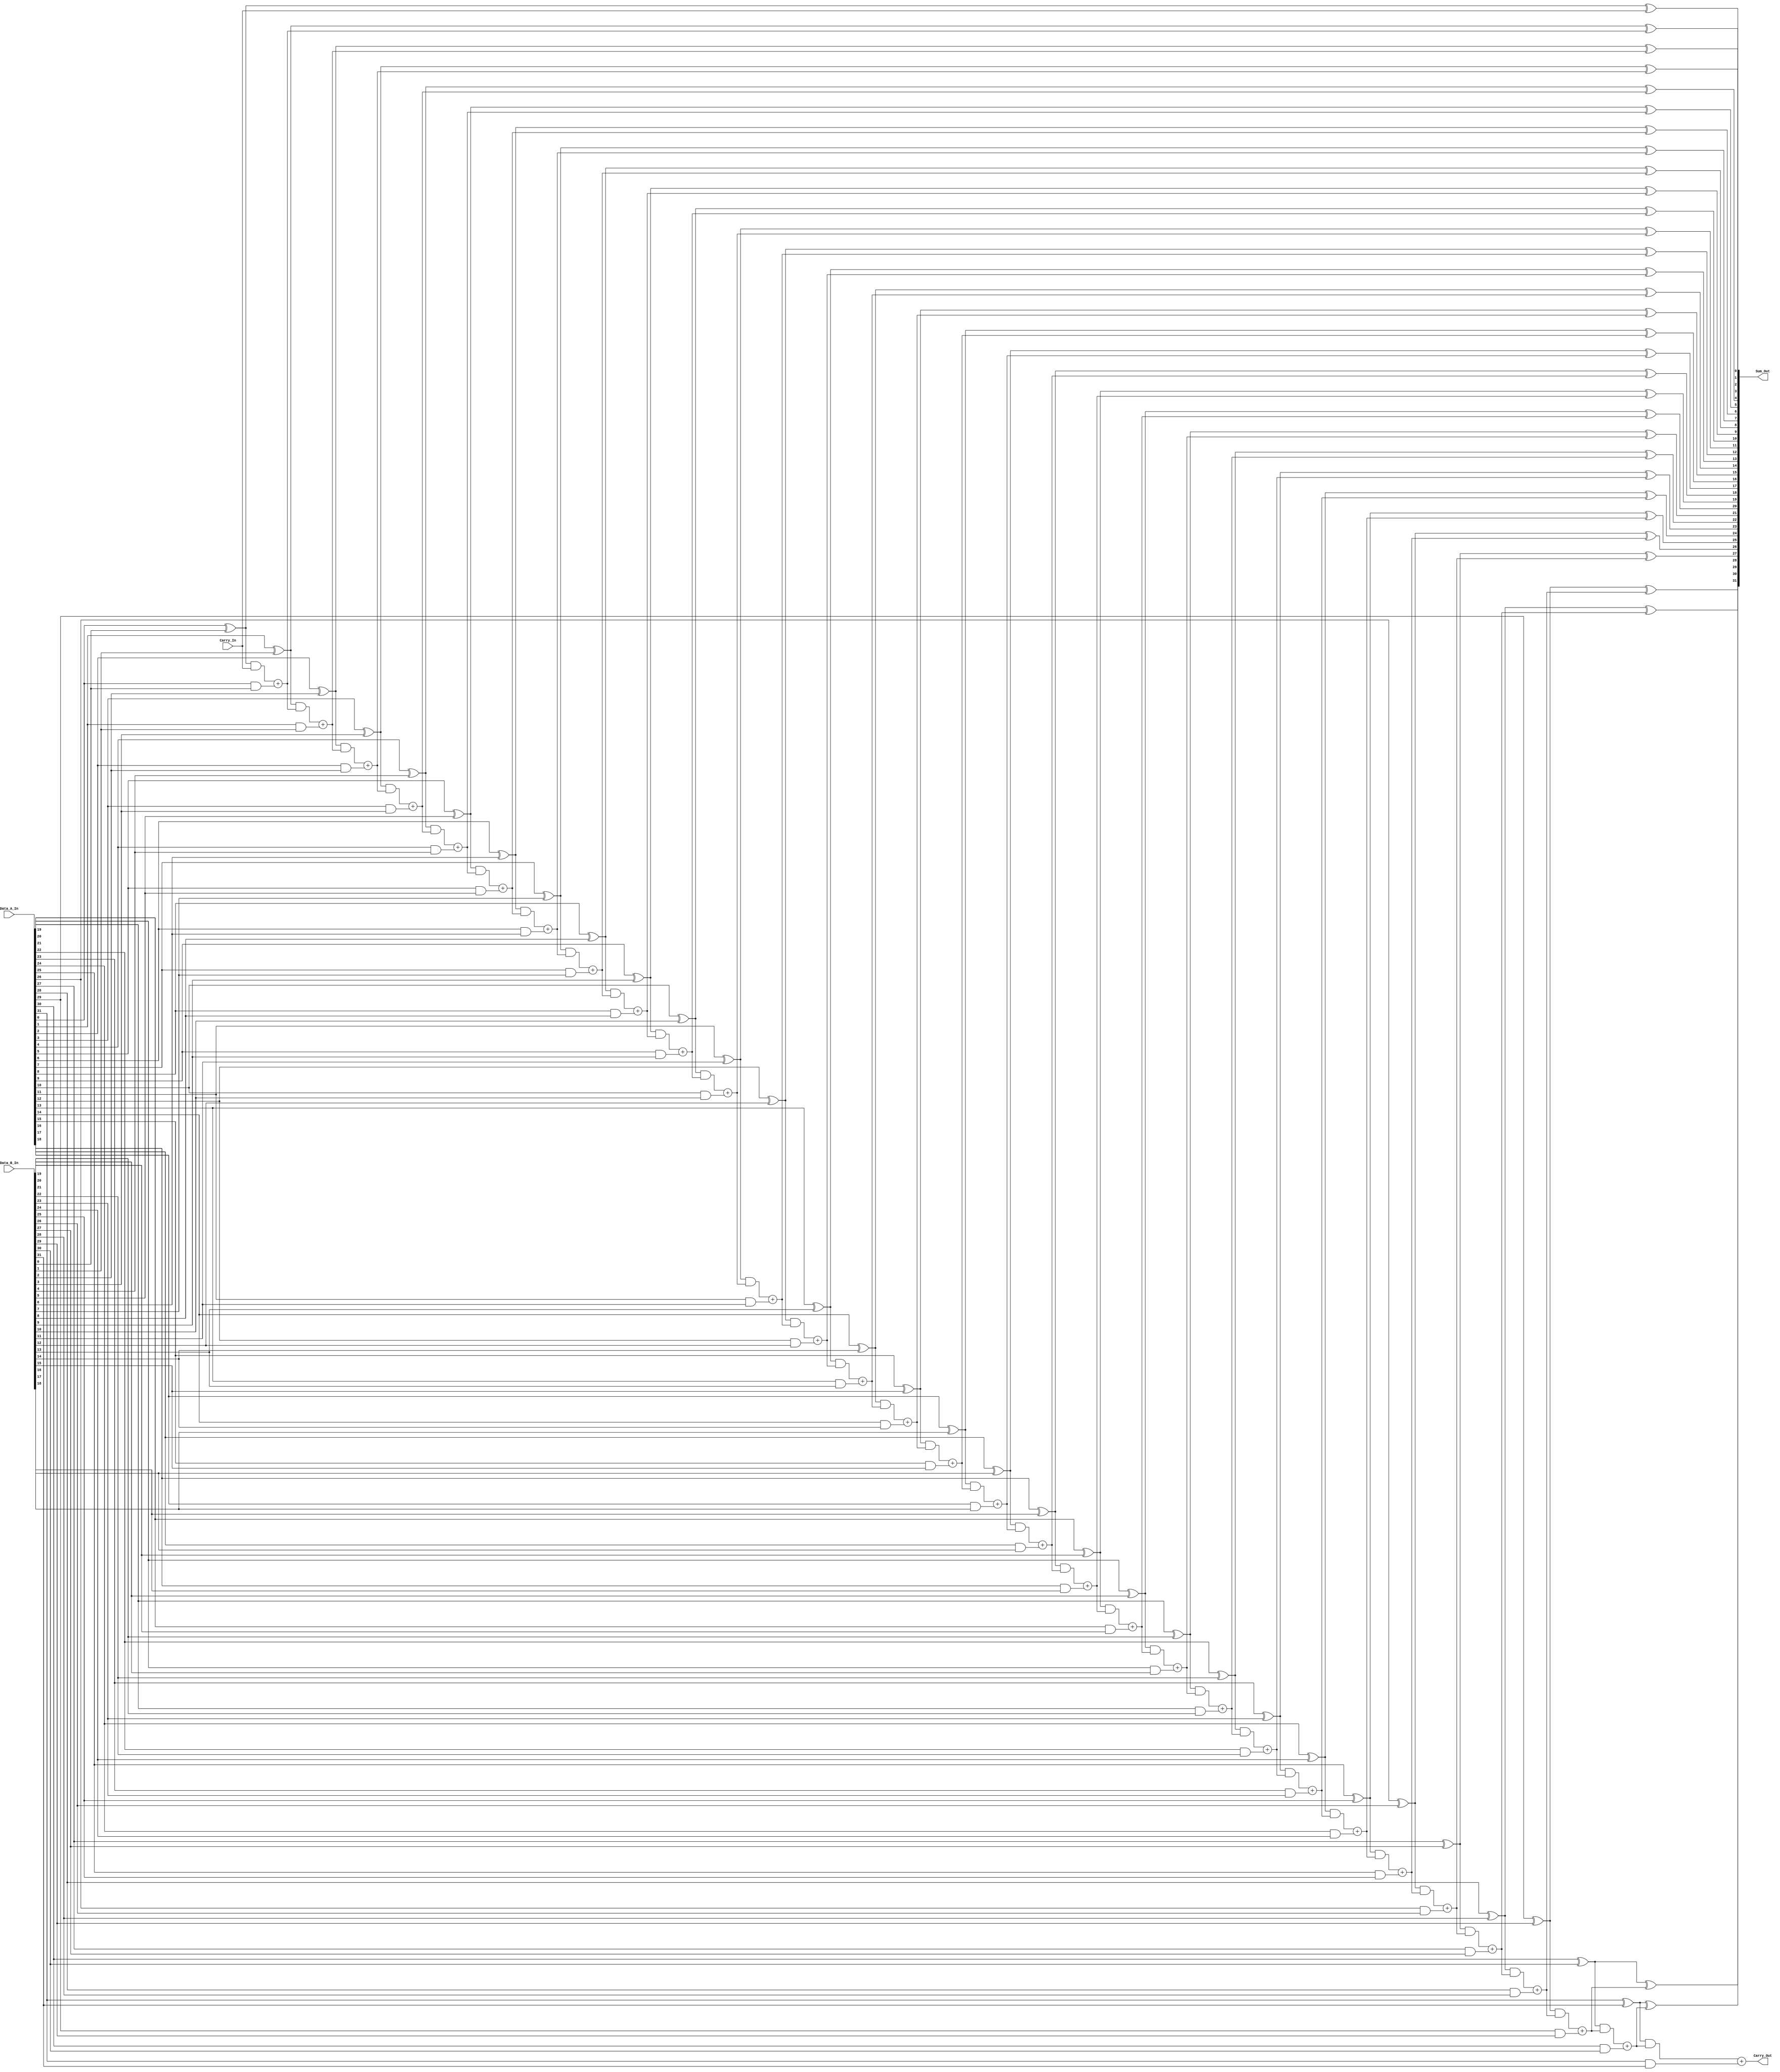
/*
**************************************************
        Look Ahead Carry Generator - 32-Bit
**************************************************

This is a verilog code, to implement a 32-Bit Look Ahead Carry Generator.

--------------------------------------------------
Author : Prasad Narayan Ghatol
--------------------------------------------------
*/



module Look_Ahead_Carry_Generator_32_Bit (
    input  [31:0] Data_A_In,
    input  [31:0] Data_B_In,
    input         Carry_In,

    output [31:0] Sum_Out,
    output        Carry_Out
);



// --------------------------------------------------
// wires and regs
// --------------------------------------------------
wire [31:0] P;
wire [31:0] G;
wire [31:0] C;



// --------------------------------------------------
// Carry Propogate
// --------------------------------------------------
assign P[0]  = Data_A_In[0]  ^ Data_B_In[0];
assign P[1]  = Data_A_In[1]  ^ Data_B_In[1];
assign P[2]  = Data_A_In[2]  ^ Data_B_In[2];
assign P[3]  = Data_A_In[3]  ^ Data_B_In[3];
assign P[4]  = Data_A_In[4]  ^ Data_B_In[4];
assign P[5]  = Data_A_In[5]  ^ Data_B_In[5];
assign P[6]  = Data_A_In[6]  ^ Data_B_In[6];
assign P[7]  = Data_A_In[7]  ^ Data_B_In[7];

assign P[8]  = Data_A_In[8]  ^ Data_B_In[8];
assign P[9]  = Data_A_In[9]  ^ Data_B_In[9];
assign P[10] = Data_A_In[10] ^ Data_B_In[10];
assign P[11] = Data_A_In[11] ^ Data_B_In[11];
assign P[12] = Data_A_In[12] ^ Data_B_In[12];
assign P[13] = Data_A_In[13] ^ Data_B_In[13];
assign P[14] = Data_A_In[14] ^ Data_B_In[14];
assign P[15] = Data_A_In[15] ^ Data_B_In[15];

assign P[16] = Data_A_In[16] ^ Data_B_In[16];
assign P[17] = Data_A_In[17] ^ Data_B_In[17];
assign P[18] = Data_A_In[18] ^ Data_B_In[18];
assign P[19] = Data_A_In[19] ^ Data_B_In[19];
assign P[20] = Data_A_In[20] ^ Data_B_In[20];
assign P[21] = Data_A_In[21] ^ Data_B_In[21];
assign P[22] = Data_A_In[22] ^ Data_B_In[22];
assign P[23] = Data_A_In[23] ^ Data_B_In[23];

assign P[24] = Data_A_In[24] ^ Data_B_In[24];
assign P[25] = Data_A_In[25] ^ Data_B_In[25];
assign P[26] = Data_A_In[26] ^ Data_B_In[26];
assign P[27] = Data_A_In[27] ^ Data_B_In[27];
assign P[28] = Data_A_In[28] ^ Data_B_In[28];
assign P[29] = Data_A_In[29] ^ Data_B_In[29];
assign P[30] = Data_A_In[30] ^ Data_B_In[30];
assign P[31] = Data_A_In[31] ^ Data_B_In[31];



// --------------------------------------------------
// Carry Generate
// --------------------------------------------------
assign G[0]  = Data_A_In[0]  & Data_B_In[0];
assign G[1]  = Data_A_In[1]  & Data_B_In[1];
assign G[2]  = Data_A_In[2]  & Data_B_In[2];
assign G[3]  = Data_A_In[3]  & Data_B_In[3];
assign G[4]  = Data_A_In[4]  & Data_B_In[4];
assign G[5]  = Data_A_In[5]  & Data_B_In[5];
assign G[6]  = Data_A_In[6]  & Data_B_In[6];
assign G[7]  = Data_A_In[7]  & Data_B_In[7];

assign G[8]  = Data_A_In[8]  & Data_B_In[8];
assign G[9]  = Data_A_In[9]  & Data_B_In[9];
assign G[10] = Data_A_In[10] & Data_B_In[10];
assign G[11] = Data_A_In[11] & Data_B_In[11];
assign G[12] = Data_A_In[12] & Data_B_In[12];
assign G[13] = Data_A_In[13] & Data_B_In[13];
assign G[14] = Data_A_In[14] & Data_B_In[14];
assign G[15] = Data_A_In[15] & Data_B_In[15];

assign G[16] = Data_A_In[16] & Data_B_In[16];
assign G[17] = Data_A_In[17] & Data_B_In[17];
assign G[18] = Data_A_In[18] & Data_B_In[18];
assign G[19] = Data_A_In[19] & Data_B_In[19];
assign G[20] = Data_A_In[20] & Data_B_In[20];
assign G[21] = Data_A_In[21] & Data_B_In[21];
assign G[22] = Data_A_In[22] & Data_B_In[22];
assign G[23] = Data_A_In[23] & Data_B_In[23];

assign G[24] = Data_A_In[24] & Data_B_In[24];
assign G[25] = Data_A_In[25] & Data_B_In[25];
assign G[26] = Data_A_In[26] & Data_B_In[26];
assign G[27] = Data_A_In[27] & Data_B_In[27];
assign G[28] = Data_A_In[28] & Data_B_In[28];
assign G[29] = Data_A_In[29] & Data_B_In[29];
assign G[30] = Data_A_In[30] & Data_B_In[30];
assign G[31] = Data_A_In[31] & Data_B_In[31];



// --------------------------------------------------
// Look Ahead Carry Generator - 32-Bit Logic
// --------------------------------------------------
assign C[0] = (P[0] & Carry_In) + G[0];
assign C[1] = (P[1] & ((P[0] & Carry_In) + G[0])) + G[1];
assign C[2] = (P[2] & ((P[1] & ((P[0] & Carry_In) + G[0])) + G[1])) + G[2];
assign C[3] = (P[3] & ((P[2] & ((P[1] & ((P[0] & Carry_In) + G[0])) + G[1])) + G[2])) + G[3];
assign C[4] = (P[4] & ((P[3] & ((P[2] & ((P[1] & ((P[0] & Carry_In) + G[0])) + G[1])) + G[2])) + G[3])) + G[4];
assign C[5] = (P[5] & ((P[4] & ((P[3] & ((P[2] & ((P[1] & ((P[0] & Carry_In) + G[0])) + G[1])) + G[2])) + G[3])) + G[4])) + G[5];
assign C[6] = (P[6] & ((P[5] & ((P[4] & ((P[3] & ((P[2] & ((P[1] & ((P[0] & Carry_In) + G[0])) + G[1])) + G[2])) + G[3])) + G[4])) + G[5])) + G[6];
assign C[7] = (P[7] & ((P[6] & ((P[5] & ((P[4] & ((P[3] & ((P[2] & ((P[1] & ((P[0] & Carry_In) + G[0])) + G[1])) + G[2])) + G[3])) + G[4])) + G[5])) + G[6])) + G[7];

assign C[8] = (P[8] & (P[7] & ((P[6] & ((P[5] & ((P[4] & ((P[3] & ((P[2] & ((P[1] & ((P[0] & Carry_In) + G[0])) + G[1])) + G[2])) + G[3])) + G[4])) + G[5])) + G[6])) + G[7]) + G[8];
assign C[9] = (P[9] & (P[8] & (P[7] & ((P[6] & ((P[5] & ((P[4] & ((P[3] & ((P[2] & ((P[1] & ((P[0] & Carry_In) + G[0])) + G[1])) + G[2])) + G[3])) + G[4])) + G[5])) + G[6])) + G[7]) + G[8]) + G[9];
assign C[10] = (P[10] & (P[9] & (P[8] & (P[7] & ((P[6] & ((P[5] & ((P[4] & ((P[3] & ((P[2] & ((P[1] & ((P[0] & Carry_In) + G[0])) + G[1])) + G[2])) + G[3])) + G[4])) + G[5])) + G[6])) + G[7]) + G[8]) + G[9]) + G[10];
assign C[11] = (P[11] & (P[10] & (P[9] & (P[8] & (P[7] & ((P[6] & ((P[5] & ((P[4] & ((P[3] & ((P[2] & ((P[1] & ((P[0] & Carry_In) + G[0])) + G[1])) + G[2])) + G[3])) + G[4])) + G[5])) + G[6])) + G[7]) + G[8]) + G[9]) + G[10]) + G[11];
assign C[12] = (P[12] & (P[11] & (P[10] & (P[9] & (P[8] & (P[7] & ((P[6] & ((P[5] & ((P[4] & ((P[3] & ((P[2] & ((P[1] & ((P[0] & Carry_In) + G[0])) + G[1])) + G[2])) + G[3])) + G[4])) + G[5])) + G[6])) + G[7]) + G[8]) + G[9]) + G[10]) + G[11]) + G[12];
assign C[13] = (P[13] & (P[12] & (P[11] & (P[10] & (P[9] & (P[8] & (P[7] & ((P[6] & ((P[5] & ((P[4] & ((P[3] & ((P[2] & ((P[1] & ((P[0] & Carry_In) + G[0])) + G[1])) + G[2])) + G[3])) + G[4])) + G[5])) + G[6])) + G[7]) + G[8]) + G[9]) + G[10]) + G[11]) + G[12]) + G[13];
assign C[14] = (P[14] & (P[13] & (P[12] & (P[11] & (P[10] & (P[9] & (P[8] & (P[7] & ((P[6] & ((P[5] & ((P[4] & ((P[3] & ((P[2] & ((P[1] & ((P[0] & Carry_In) + G[0])) + G[1])) + G[2])) + G[3])) + G[4])) + G[5])) + G[6])) + G[7]) + G[8]) + G[9]) + G[10]) + G[11]) + G[12]) + G[13]) + G[14];
assign C[15] = (P[15] & (P[14] & (P[13] & (P[12] & (P[11] & (P[10] & (P[9] & (P[8] & (P[7] & ((P[6] & ((P[5] & ((P[4] & ((P[3] & ((P[2] & ((P[1] & ((P[0] & Carry_In) + G[0])) + G[1])) + G[2])) + G[3])) + G[4])) + G[5])) + G[6])) + G[7]) + G[8]) + G[9]) + G[10]) + G[11]) + G[12]) + G[13]) + G[14]) + G[15];

assign C[16] = (P[16] & (P[15] & (P[14] & (P[13] & (P[12] & (P[11] & (P[10] & (P[9] & (P[8] & (P[7] & ((P[6] & ((P[5] & ((P[4] & ((P[3] & ((P[2] & ((P[1] & ((P[0] & Carry_In) + G[0])) + G[1])) + G[2])) + G[3])) + G[4])) + G[5])) + G[6])) + G[7]) + G[8]) + G[9]) + G[10]) + G[11]) + G[12]) + G[13]) + G[14]) + G[15]) + G[16];
assign C[17] = (P[17] & (P[16] & (P[15] & (P[14] & (P[13] & (P[12] & (P[11] & (P[10] & (P[9] & (P[8] & (P[7] & ((P[6] & ((P[5] & ((P[4] & ((P[3] & ((P[2] & ((P[1] & ((P[0] & Carry_In) + G[0])) + G[1])) + G[2])) + G[3])) + G[4])) + G[5])) + G[6])) + G[7]) + G[8]) + G[9]) + G[10]) + G[11]) + G[12]) + G[13]) + G[14]) + G[15]) + G[16]) + G[17];
assign C[18] = (P[18] &  (P[17] & (P[16] & (P[15] & (P[14] & (P[13] & (P[12] & (P[11] & (P[10] & (P[9] & (P[8] & (P[7] & ((P[6] & ((P[5] & ((P[4] & ((P[3] & ((P[2] & ((P[1] & ((P[0] & Carry_In) + G[0])) + G[1])) + G[2])) + G[3])) + G[4])) + G[5])) + G[6])) + G[7]) + G[8]) + G[9]) + G[10]) + G[11]) + G[12]) + G[13]) + G[14]) + G[15]) + G[16]) + G[17]) + G[18];
assign C[19] = (P[19] & (P[18] &  (P[17] & (P[16] & (P[15] & (P[14] & (P[13] & (P[12] & (P[11] & (P[10] & (P[9] & (P[8] & (P[7] & ((P[6] & ((P[5] & ((P[4] & ((P[3] & ((P[2] & ((P[1] & ((P[0] & Carry_In) + G[0])) + G[1])) + G[2])) + G[3])) + G[4])) + G[5])) + G[6])) + G[7]) + G[8]) + G[9]) + G[10]) + G[11]) + G[12]) + G[13]) + G[14]) + G[15]) + G[16]) + G[17]) + G[18]) + G[19];
assign C[20] = (P[20] & (P[19] & (P[18] &  (P[17] & (P[16] & (P[15] & (P[14] & (P[13] & (P[12] & (P[11] & (P[10] & (P[9] & (P[8] & (P[7] & ((P[6] & ((P[5] & ((P[4] & ((P[3] & ((P[2] & ((P[1] & ((P[0] & Carry_In) + G[0])) + G[1])) + G[2])) + G[3])) + G[4])) + G[5])) + G[6])) + G[7]) + G[8]) + G[9]) + G[10]) + G[11]) + G[12]) + G[13]) + G[14]) + G[15]) + G[16]) + G[17]) + G[18]) + G[19]) + G[20];
assign C[21] = (P[21] & (P[20] & (P[19] & (P[18] &  (P[17] & (P[16] & (P[15] & (P[14] & (P[13] & (P[12] & (P[11] & (P[10] & (P[9] & (P[8] & (P[7] & ((P[6] & ((P[5] & ((P[4] & ((P[3] & ((P[2] & ((P[1] & ((P[0] & Carry_In) + G[0])) + G[1])) + G[2])) + G[3])) + G[4])) + G[5])) + G[6])) + G[7]) + G[8]) + G[9]) + G[10]) + G[11]) + G[12]) + G[13]) + G[14]) + G[15]) + G[16]) + G[17]) + G[18]) + G[19]) + G[20]) + G[21];
assign C[22] = (P[22] & (P[21] & (P[20] & (P[19] & (P[18] &  (P[17] & (P[16] & (P[15] & (P[14] & (P[13] & (P[12] & (P[11] & (P[10] & (P[9] & (P[8] & (P[7] & ((P[6] & ((P[5] & ((P[4] & ((P[3] & ((P[2] & ((P[1] & ((P[0] & Carry_In) + G[0])) + G[1])) + G[2])) + G[3])) + G[4])) + G[5])) + G[6])) + G[7]) + G[8]) + G[9]) + G[10]) + G[11]) + G[12]) + G[13]) + G[14]) + G[15]) + G[16]) + G[17]) + G[18]) + G[19]) + G[20]) + G[21]) + G[22];
assign C[23] = (P[23] &(P[22] & (P[21] & (P[20] & (P[19] & (P[18] &  (P[17] & (P[16] & (P[15] & (P[14] & (P[13] & (P[12] & (P[11] & (P[10] & (P[9] & (P[8] & (P[7] & ((P[6] & ((P[5] & ((P[4] & ((P[3] & ((P[2] & ((P[1] & ((P[0] & Carry_In) + G[0])) + G[1])) + G[2])) + G[3])) + G[4])) + G[5])) + G[6])) + G[7]) + G[8]) + G[9]) + G[10]) + G[11]) + G[12]) + G[13]) + G[14]) + G[15]) + G[16]) + G[17]) + G[18]) + G[19]) + G[20]) + G[21]) + G[22]) + G[23];

assign C[24] = (P[24] & (P[23] &(P[22] & (P[21] & (P[20] & (P[19] & (P[18] &  (P[17] & (P[16] & (P[15] & (P[14] & (P[13] & (P[12] & (P[11] & (P[10] & (P[9] & (P[8] & (P[7] & ((P[6] & ((P[5] & ((P[4] & ((P[3] & ((P[2] & ((P[1] & ((P[0] & Carry_In) + G[0])) + G[1])) + G[2])) + G[3])) + G[4])) + G[5])) + G[6])) + G[7]) + G[8]) + G[9]) + G[10]) + G[11]) + G[12]) + G[13]) + G[14]) + G[15]) + G[16]) + G[17]) + G[18]) + G[19]) + G[20]) + G[21]) + G[22]) + G[23]) + G[24];
assign C[25] = (P[25] & (P[24] & (P[23] &(P[22] & (P[21] & (P[20] & (P[19] & (P[18] &  (P[17] & (P[16] & (P[15] & (P[14] & (P[13] & (P[12] & (P[11] & (P[10] & (P[9] & (P[8] & (P[7] & ((P[6] & ((P[5] & ((P[4] & ((P[3] & ((P[2] & ((P[1] & ((P[0] & Carry_In) + G[0])) + G[1])) + G[2])) + G[3])) + G[4])) + G[5])) + G[6])) + G[7]) + G[8]) + G[9]) + G[10]) + G[11]) + G[12]) + G[13]) + G[14]) + G[15]) + G[16]) + G[17]) + G[18]) + G[19]) + G[20]) + G[21]) + G[22]) + G[23]) + G[24]) + G[25];
assign C[26] = (P[26] & (P[25] & (P[24] & (P[23] &(P[22] & (P[21] & (P[20] & (P[19] & (P[18] &  (P[17] & (P[16] & (P[15] & (P[14] & (P[13] & (P[12] & (P[11] & (P[10] & (P[9] & (P[8] & (P[7] & ((P[6] & ((P[5] & ((P[4] & ((P[3] & ((P[2] & ((P[1] & ((P[0] & Carry_In) + G[0])) + G[1])) + G[2])) + G[3])) + G[4])) + G[5])) + G[6])) + G[7]) + G[8]) + G[9]) + G[10]) + G[11]) + G[12]) + G[13]) + G[14]) + G[15]) + G[16]) + G[17]) + G[18]) + G[19]) + G[20]) + G[21]) + G[22]) + G[23]) + G[24]) + G[25]) + G[26];
assign C[27] = (P[27] & (P[26] & (P[25] & (P[24] & (P[23] &(P[22] & (P[21] & (P[20] & (P[19] & (P[18] &  (P[17] & (P[16] & (P[15] & (P[14] & (P[13] & (P[12] & (P[11] & (P[10] & (P[9] & (P[8] & (P[7] & ((P[6] & ((P[5] & ((P[4] & ((P[3] & ((P[2] & ((P[1] & ((P[0] & Carry_In) + G[0])) + G[1])) + G[2])) + G[3])) + G[4])) + G[5])) + G[6])) + G[7]) + G[8]) + G[9]) + G[10]) + G[11]) + G[12]) + G[13]) + G[14]) + G[15]) + G[16]) + G[17]) + G[18]) + G[19]) + G[20]) + G[21]) + G[22]) + G[23]) + G[24]) + G[25]) + G[26]) + G[27];
assign C[28] = (P[28] & (P[27] & (P[26] & (P[25] & (P[24] & (P[23] &(P[22] & (P[21] & (P[20] & (P[19] & (P[18] &  (P[17] & (P[16] & (P[15] & (P[14] & (P[13] & (P[12] & (P[11] & (P[10] & (P[9] & (P[8] & (P[7] & ((P[6] & ((P[5] & ((P[4] & ((P[3] & ((P[2] & ((P[1] & ((P[0] & Carry_In) + G[0])) + G[1])) + G[2])) + G[3])) + G[4])) + G[5])) + G[6])) + G[7]) + G[8]) + G[9]) + G[10]) + G[11]) + G[12]) + G[13]) + G[14]) + G[15]) + G[16]) + G[17]) + G[18]) + G[19]) + G[20]) + G[21]) + G[22]) + G[23]) + G[24]) + G[25]) + G[26]) + G[27]) + G[28];
assign C[29] = (P[29] & (P[28] & (P[27] & (P[26] & (P[25] & (P[24] & (P[23] &(P[22] & (P[21] & (P[20] & (P[19] & (P[18] &  (P[17] & (P[16] & (P[15] & (P[14] & (P[13] & (P[12] & (P[11] & (P[10] & (P[9] & (P[8] & (P[7] & ((P[6] & ((P[5] & ((P[4] & ((P[3] & ((P[2] & ((P[1] & ((P[0] & Carry_In) + G[0])) + G[1])) + G[2])) + G[3])) + G[4])) + G[5])) + G[6])) + G[7]) + G[8]) + G[9]) + G[10]) + G[11]) + G[12]) + G[13]) + G[14]) + G[15]) + G[16]) + G[17]) + G[18]) + G[19]) + G[20]) + G[21]) + G[22]) + G[23]) + G[24]) + G[25]) + G[26]) + G[27]) + G[28]) + G[29];
assign C[30] = (P[30] & (P[29] & (P[28] & (P[27] & (P[26] & (P[25] & (P[24] & (P[23] &(P[22] & (P[21] & (P[20] & (P[19] & (P[18] &  (P[17] & (P[16] & (P[15] & (P[14] & (P[13] & (P[12] & (P[11] & (P[10] & (P[9] & (P[8] & (P[7] & ((P[6] & ((P[5] & ((P[4] & ((P[3] & ((P[2] & ((P[1] & ((P[0] & Carry_In) + G[0])) + G[1])) + G[2])) + G[3])) + G[4])) + G[5])) + G[6])) + G[7]) + G[8]) + G[9]) + G[10]) + G[11]) + G[12]) + G[13]) + G[14]) + G[15]) + G[16]) + G[17]) + G[18]) + G[19]) + G[20]) + G[21]) + G[22]) + G[23]) + G[24]) + G[25]) + G[26]) + G[27]) + G[28]) + G[29]) + G[30];
assign C[31] = (P[31] & (P[30] & (P[29] & (P[28] & (P[27] & (P[26] & (P[25] & (P[24] & (P[23] &(P[22] & (P[21] & (P[20] & (P[19] & (P[18] &  (P[17] & (P[16] & (P[15] & (P[14] & (P[13] & (P[12] & (P[11] & (P[10] & (P[9] & (P[8] & (P[7] & ((P[6] & ((P[5] & ((P[4] & ((P[3] & ((P[2] & ((P[1] & ((P[0] & Carry_In) + G[0])) + G[1])) + G[2])) + G[3])) + G[4])) + G[5])) + G[6])) + G[7]) + G[8]) + G[9]) + G[10]) + G[11]) + G[12]) + G[13]) + G[14]) + G[15]) + G[16]) + G[17]) + G[18]) + G[19]) + G[20]) + G[21]) + G[22]) + G[23]) + G[24]) + G[25]) + G[26]) + G[27]) + G[28]) + G[29]) + G[30]) + G[31];


assign Carry_Out = C[31];


assign Sum_Out[0]  = P[0]  ^ Carry_In;
assign Sum_Out[1]  = P[1]  ^ C[0];
assign Sum_Out[2]  = P[2]  ^ C[1];
assign Sum_Out[3]  = P[3]  ^ C[2];
assign Sum_Out[4]  = P[4]  ^ C[3];
assign Sum_Out[5]  = P[5]  ^ C[4];
assign Sum_Out[6]  = P[6]  ^ C[5];
assign Sum_Out[7]  = P[7]  ^ C[6];

assign Sum_Out[8]  = P[8]  ^ C[7];
assign Sum_Out[9]  = P[9]  ^ C[8];
assign Sum_Out[10] = P[10] ^ C[9];
assign Sum_Out[11] = P[11] ^ C[10];
assign Sum_Out[12] = P[12] ^ C[11];
assign Sum_Out[13] = P[13] ^ C[12];
assign Sum_Out[14] = P[14] ^ C[13];
assign Sum_Out[15] = P[15] ^ C[14];

assign Sum_Out[16] = P[16] ^ C[15];
assign Sum_Out[17] = P[17] ^ C[16];
assign Sum_Out[18] = P[18] ^ C[17];
assign Sum_Out[19] = P[19] ^ C[18];
assign Sum_Out[20] = P[20] ^ C[19];
assign Sum_Out[21] = P[21] ^ C[20];
assign Sum_Out[22] = P[22] ^ C[21];
assign Sum_Out[23] = P[23] ^ C[22];

assign Sum_Out[24] = P[24] ^ C[23];
assign Sum_Out[25] = P[25] ^ C[24];
assign Sum_Out[26] = P[26] ^ C[25];
assign Sum_Out[27] = P[27] ^ C[26];
assign Sum_Out[28] = P[28] ^ C[27];
assign Sum_Out[29] = P[29] ^ C[28];
assign Sum_Out[30] = P[30] ^ C[29];
assign Sum_Out[31] = P[31] ^ C[30];



endmodule